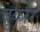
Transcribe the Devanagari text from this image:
चुकोर